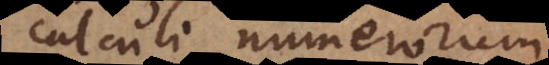
calculi numerorum,